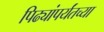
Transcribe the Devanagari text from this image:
पिढ्यांपर्यंतच्या